Indian journal of veterinary science and animal husbandry - Volume 8,
Year: 1938
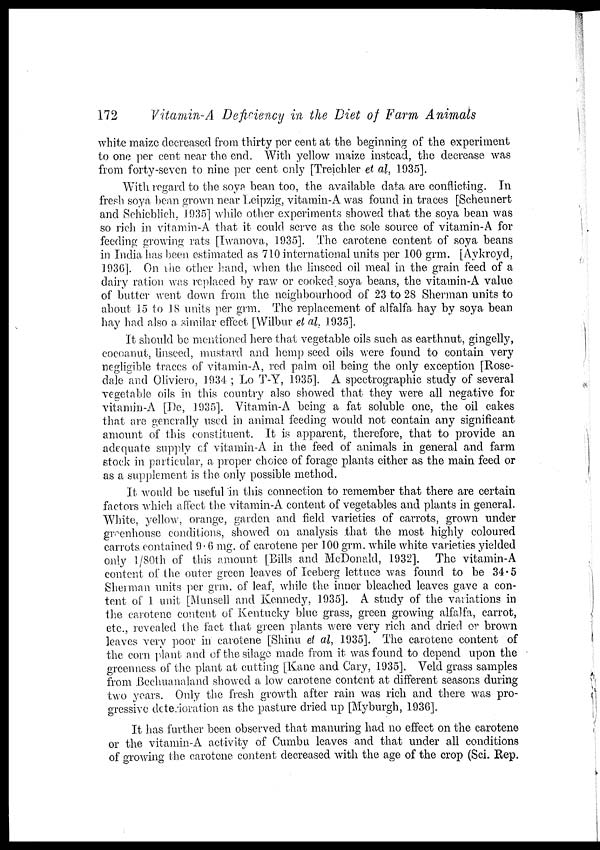
172
Vitamin-A Deficiency in the Diet of Farm Animals
white maize decreased from thirty per cent at the beginning of the experiment
to one per cent near the end. With yellow maize instead, the decrease was
from forty-seven to nine per cent only [Treichler et al, 1935].
With regard to the soya bean too, the available data are conflicting. In
fresh soya bean grown near Leipzig, vitamin-A was found in traces [Scheunert
and Schieblich, 1935] while other experiments showed that the soya bean was
so rich in vitamin-A that it could serve as the sole source of vitamin-A for
feeding growing rats [Iwanova, 1935]. The carotene content of soya beans
in India has been estimated as 710 international units per 100 grm. [Aykroyd,
1936]. On the other hand, when the linseed oil meal in the grain feed of a
dairy ration was replaced by raw or cooked soya beans, the vitamin-A value
of butter went down from the neighbourhood of 23 to 28 Sherman units to
about 15 to 18 units per grm. The replacement of alfalfa hay by soya bean
hay had also a similar effect [Wilbur et al, 1935].
It should be mentioned here that vegetable oils such as earthnut, gingelly,
cocoanut, linseed, mustard and hemp seed oils were found to contain very
negligible traces of vitamin-A, red palm oil being the only exception [Rose-
dale and Oliviero, 1934 ; Lo T-Y, 1935]. A spectrographic study of several
vegetable oils in this country also showed that they were all negative for
vitamin-A [De, 1935]. Vitamin-A being a fat soluble one, the oil cakes
that are generally used in animal feeding would not contain any significant
amount of this constituent. It is apparent, therefore, that to provide an
adequate supply of vitamin-A in the feed of animals in general and farm
stock in particular, a proper choice of forage plants either as the main feed or
as a supplement is the only possible method.
It would be useful in this connection to remember that there are certain
factors which affect the vitamin-A content of vegetables and plants in general.
White, yellow, orange, garden and field varieties of carrots, grown under
greenhouse conditions, showed on analysis that the most highly coloured
carrots contained 9.6 mg. of carotene per 100 grm. while white varieties yielded
only l/80th of this amount [Bills and McDonald, 1932]. The vitamin-A
content of the outer green leaves of Iceberg lettuce was found to be 34.5
Sherman units per grm. of leaf, while the inner bleached leaves gave a con-
tent of 1 unit [Munsell and Kennedy, 1935]. A study of the variations in
the carotene content of Kentucky blue grass, green growing alfalfa, carrot,
etc., revealed the fact that green plants were very rich and dried or brown
leaves very poor in carotene [Shinu et al, 1935]. The carotene content of
the corn plant and of the silage made from it was found to depend upon the
greenness of the plant at cutting [Kane and Cary, 1935]. Veld grass samples
from Bechuanaland showed a low carotene content at different seasons during
two years. Only the fresh growth after rain was rich and there was pro-
gressive deterioration as the pasture dried up [Myburgh, 1936].
It has further been observed that manuring had no effect on the carotene
or the vitamin-A activity of Cumbu leaves and that under all conditions
of growing the carotene content decreased with the age of the crop (Sci. Rep.